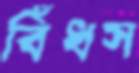
বিঁধস